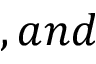
, a n d